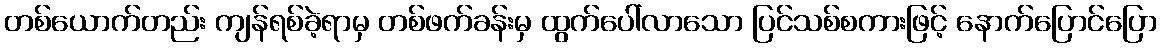
တစ်ယောက်တည်း ကျန်ရစ်ခဲ့ရာမှ တစ်ဖက်ခန်းမှ ထွက်ပေါ်လာသော ပြင်သစ်စကားဖြင့် နောက်ပြောင်ပြော